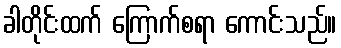
ခါတိုင်းထက် ကြောက်စရာ ကောင်းသည်။